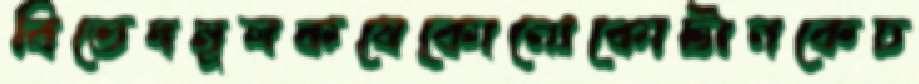
বিভেদমূলকযেকোনোকোটানকেচ